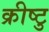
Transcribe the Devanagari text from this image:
क्रीष्टु